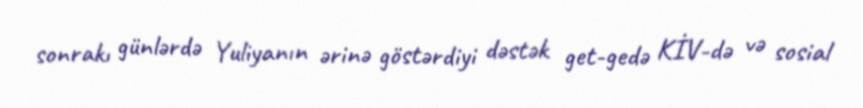
sonrakı günlərdə Yuliyanın ərinə göstərdiyi dəstək get-gedə KİV-də və sosial